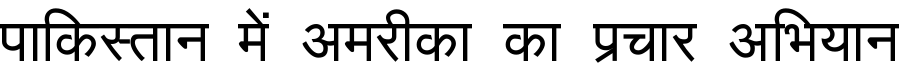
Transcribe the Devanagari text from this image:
पाकिस्तान में अमरीका का प्रचार अभियान